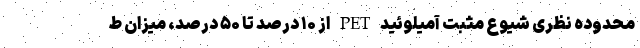
محدوده نظری شیوع مثبت آمیلوئید PET از ۱۰ درصد تا ۵۰ درصد، میزان ط